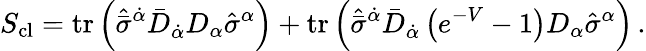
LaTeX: S_{\mathrm{cl}}=\mathrm{tr}\left(\hat{\bar{\sigma}}^{\dot{\alpha}}\bar{D}_{\dot{\alpha}}D_{\alpha}\hat{\sigma}^{\alpha}\right)+\mathrm{tr}\left({\hat{\bar{\sigma}}}^{\dot{\alpha}}\bar{D}_{\dot{\alpha}}\left(e^{-V}-1\right)D_{\alpha}{\hat{\sigma}}^{\alpha}\right)\, .